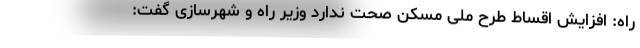
راه: افزایش اقساط طرح ملی مسکن صحت ندارد وزیر راه و شهرسازی گفت: